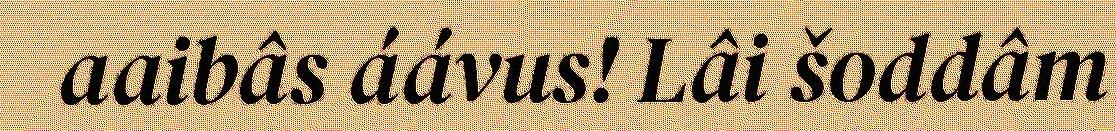
aaibâs áávus! Lâi šoddâm